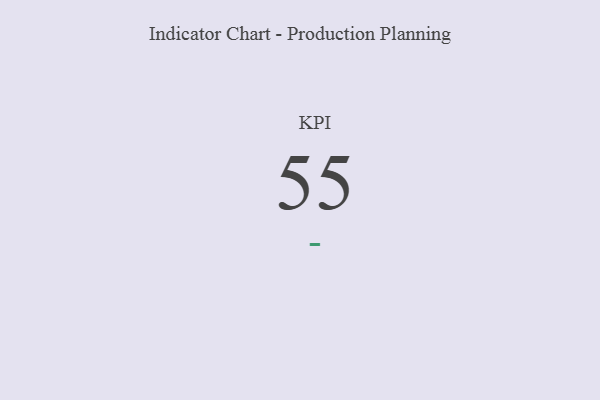
{"axis": {"x": "KPI", "y": "Value"}, "legend": [""], "data": [{"x": "KPI", "y": 55, "type": ""}]}